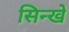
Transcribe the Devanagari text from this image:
सिन्खे